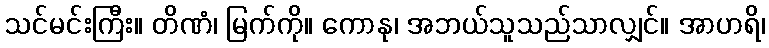
သင်မင်းကြီး။ တိဏံ၊ မြက်ကို။ ကောနု၊ အဘယ်သူသည်သာလျှင်။ အာဟရိ၊